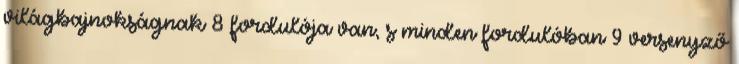
világbajnokságnak 8 fordulója van, s minden fordulóban 9 versenyző